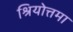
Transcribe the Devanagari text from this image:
श्रियोत्तमा